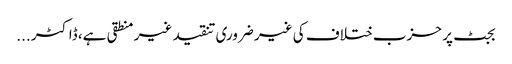
بجٹ پر حزب ختلاف کی غیر ضروری تنقید غیر منطقی ہے، ڈاکٹر ...